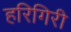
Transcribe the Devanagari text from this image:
हरिगिरी